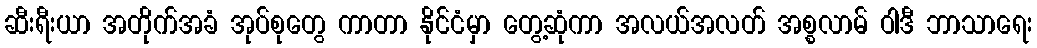
ဆီးရီးယာ အတိုက်အခံ အုပ်စုတွေ ကာတာ နိုင်ငံမှာ တွေ့ဆုံကာ အလယ်အလတ် အစ္စလာမ် ဝါဒီ ဘာသာရေး